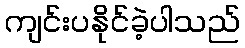
ကျင်းပနိုင်ခဲ့ပါသည်